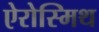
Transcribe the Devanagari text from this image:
ऐरोस्मिथ